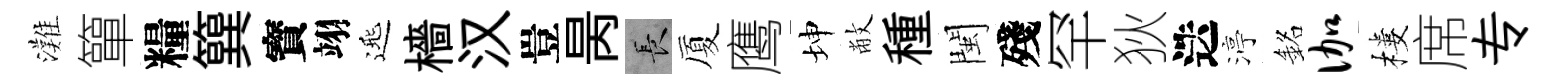
灘簞糧簨寳翊𨓱檣汉豈昺长厦鹰坤敝種閩殘罕狄迭渟銘伽樓席专